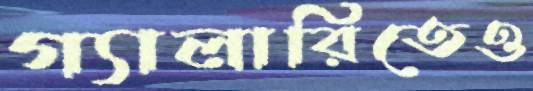
গ্যালারিতেও